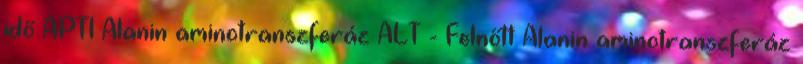
idő APTI Alanin aminotranszferáz ALT - Felnőtt Alanin aminotranszferáz